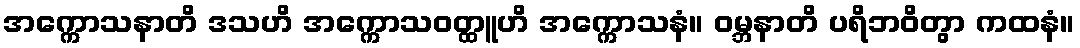
အက္ကောသနာတိ ဒသဟိ အက္ကောသဝတ္ထူဟိ အက္ကောသနံ။ ဝမ္ဘနာတိ ပရိဘဝိတွာ ကထနံ။